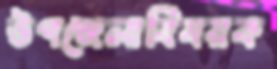
উপজেলাবিষয়ক